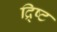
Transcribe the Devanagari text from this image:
द्र्ष्टि